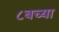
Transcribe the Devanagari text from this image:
८बच्या